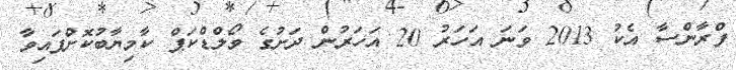
ފްރާންސާ އެކު 2013 ވަނަ އަހަރު 20 އަހަރުން ދަށުގެ ވޯލްޑްކަޕް ކާމިޔާބުކޮށްފައިވާ